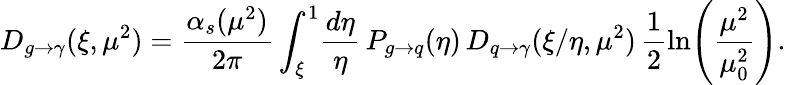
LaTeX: D_{g\to\gamma}(\xi,\mu^{2})=\frac{\alpha_{s}(\mu^{2})}{2\pi}\int_{\xi}^{1}\! \frac{d\eta}{\eta}\, P_{g\to q}(\eta)\, D_{q\to\gamma}(\xi/\eta,\mu^{2})\, \frac{1}{2}\ln\! \left(\frac{\mu^{2}}{\mu_{0}^{2}}\right).